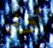
أكثر